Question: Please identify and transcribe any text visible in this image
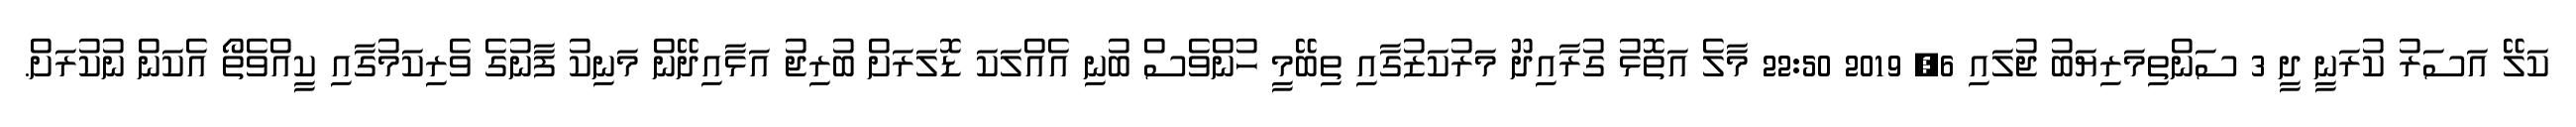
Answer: ކަލޭ އަސަރު ކުރަނީ ދީ 3 ސަންތިމަރިޔަބު ޖުލައި 6, 2019 22:50 މާލެ އަތޮޅު ގުރާއިދޫ މަރުކަޒުގާއި ތިބޭމީ ހުންވެސް ބުނި އެއްލަކަ ޑޮލަރަށް ބުރިޖު އަޅާއިދޭން މަނިކު ފާނުގެ ވެރިކަމުގާއި ކީއްވެތޯ އެކަން ނުކުރަށް.